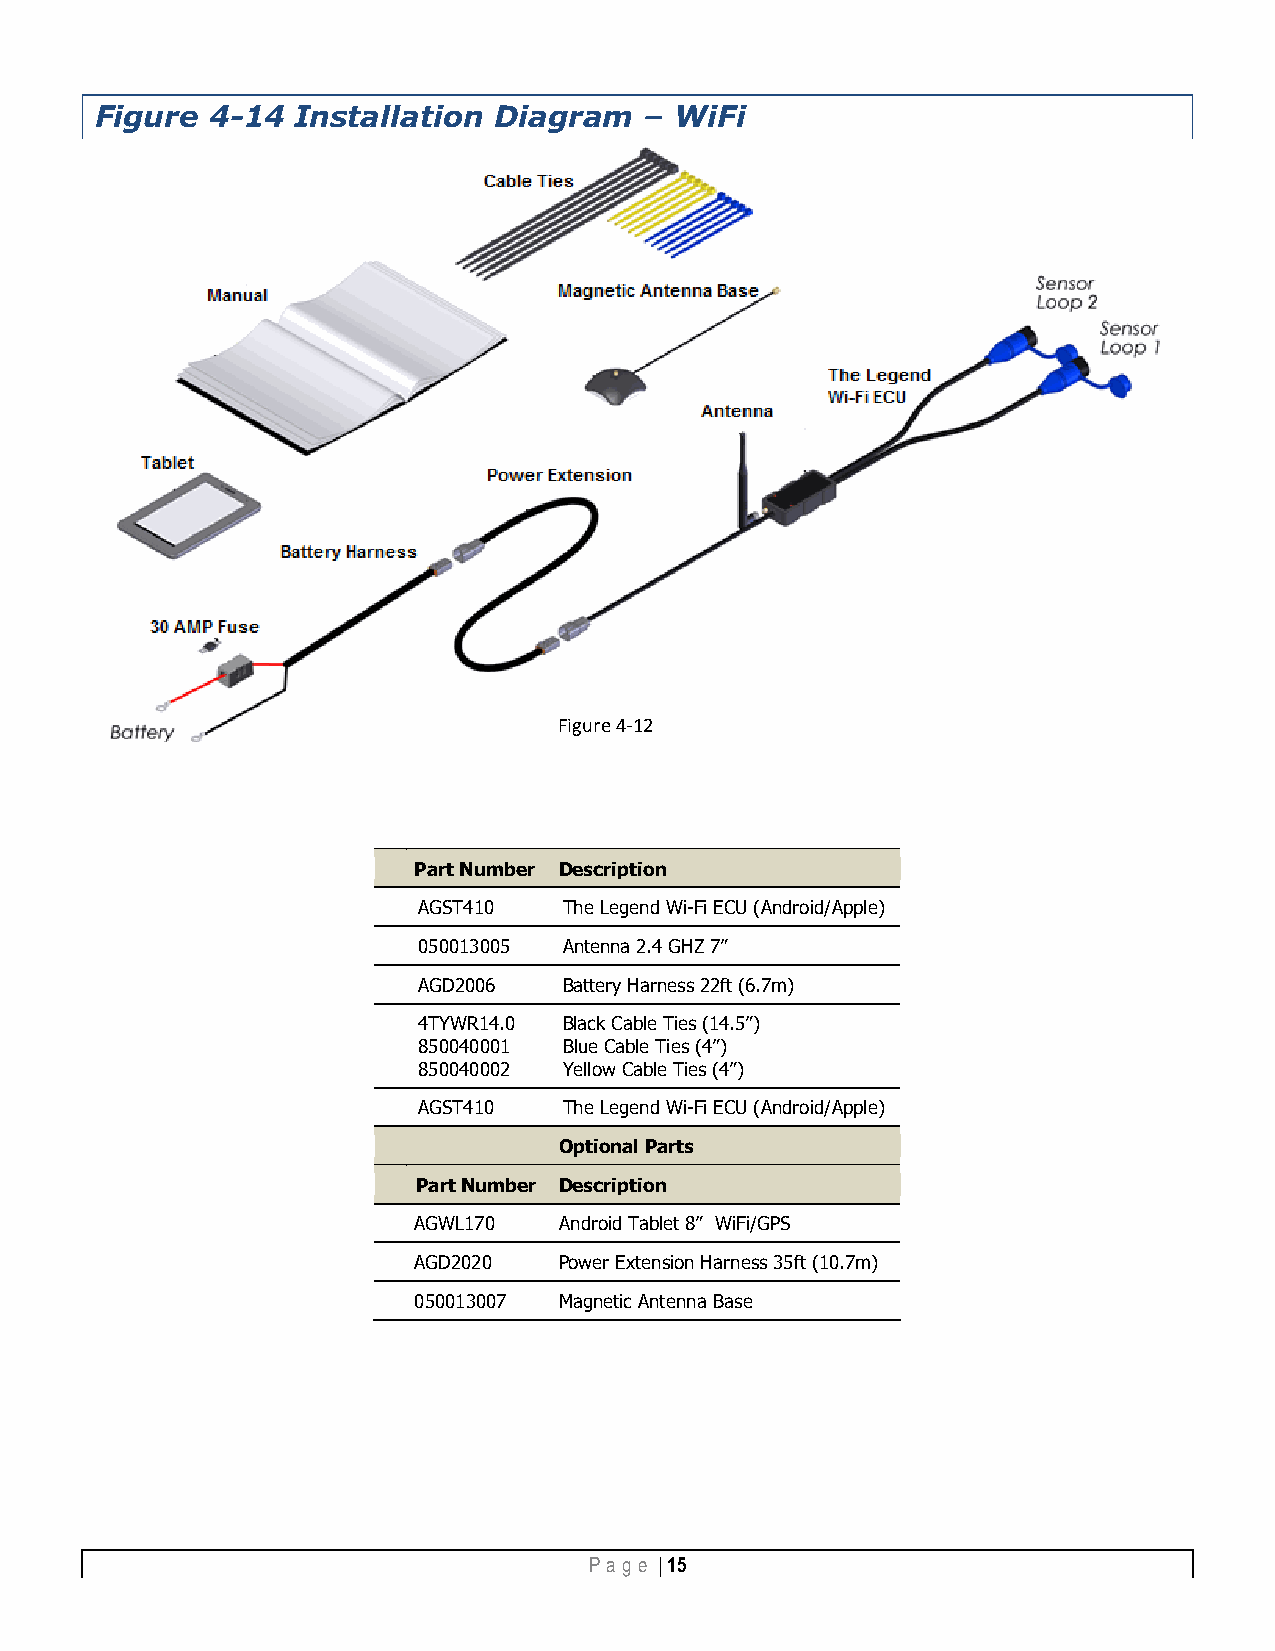
Figure  4-14 Installation  Diagram   – WiFi
 Figure 4-12
 Part Number Description
 AGST410  The Legend Wi-Fi ECU (Android/Apple)
 050013005 An tenna 2.4 GHZ 7”
 AGD2006  Bat tery Harness 22ft (6.7m)
 4TYWR14.0 Bla ck Cable Ties (14.5”)
 850040001 Blue Cable Ties (4”)
 850040002 Yellow Cable Ties (4”)
 AGST410  The Legend Wi-Fi ECU (Android/Apple)
 Optional Parts
 Part Number Description
 AGWL170   Android Tablet 8” WiFi/GPS
 AGD2020   Power Extension Harness 35ft (10.7m)
 050013007 Magnetic Antenna Base
 Pa g e | 15